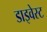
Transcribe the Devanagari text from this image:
डाइवेस्ट